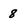
Character: 8